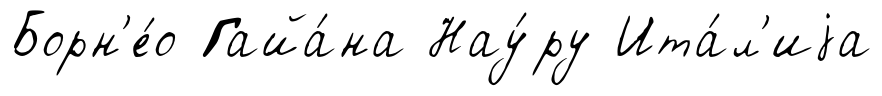
Борн'е́о Гайа́на Нау́ру Ита́л'иjа